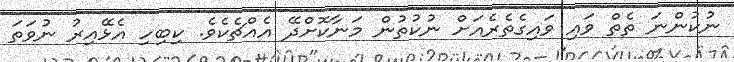
ނުކުންނަ ތެތް ވައި ވައިގެތެރެއަށް ނުކުތުން މަނާކޮށްދޭ އެއްޗެކެވެ. ކިބިހި އެޅޭއިރު ނުވަތަ